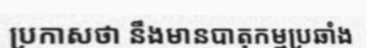
ប្រកាសថា នឹងមានបាតុកម្មប្រឆាំង